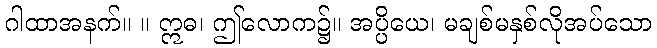
ဂါထာအနက်။ ။ ဣဓ၊ ဤလောက၌။ အပ္ပိယေ၊ မချစ်မနှစ်လိုအပ်သော